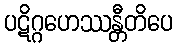
ပဋိဂ္ဂဟေဿန္တီတိပေ